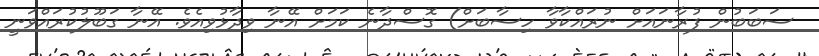
ސަބަބުން ފުރާނައަށް ނުރައްކާވާ ހިސާބަށް) ގޮސްދާނެ ކަމަށް އޭނާ ވިދާޅުވިއެވެ. އޭނާ ގަބޫލުކުރައްވަނީ